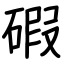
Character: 碬